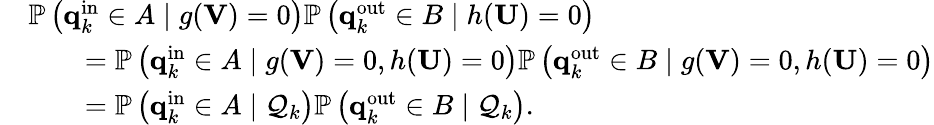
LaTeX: \begin{array}{rl}&{\mathbb{P}\left(\mathbf{q}_{k}^{\mathrm{in}}\in A\mid g(\mathbf{V})=0\right)\mathbb{P}\left(\mathbf{q}_{k}^{\mathrm{out}}\in B\mid h(\mathbf{U})=0\right)}\\ &{\qquad=\mathbb{P}\left(\mathbf{q}_{k}^{\mathrm{in}}\in A\mid g(\mathbf{V})=0,h(\mathbf{U})=0\right)\mathbb{P}\left(\mathbf{q}_{k}^{\mathrm{out}}\in B\mid g(\mathbf{V})=0,h(\mathbf{U})=0\right)}\\ &{\qquad=\mathbb{P}\left(\mathbf{q}_{k}^{\mathrm{in}}\in A\mid\mathcal{Q}_{k}\right)\mathbb{P}\left(\mathbf{q}_{k}^{\mathrm{out}}\in B\mid\mathcal{Q}_{k}\right).}\end{array}